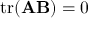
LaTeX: \operatorname { t r } ( \mathbf { A } \mathbf { B } ) = 0